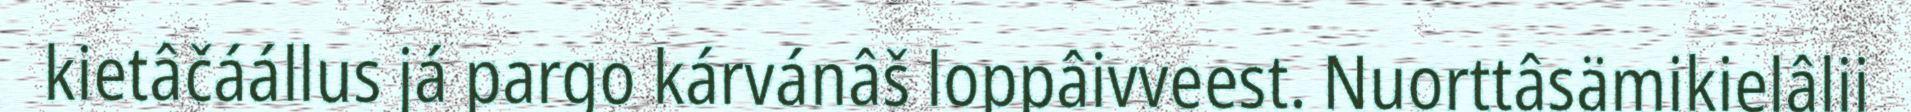
kietâčáállus já pargo kárvánâš loppâivveest. Nuorttâsämikielâlii